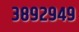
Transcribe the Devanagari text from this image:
३८९२९४९